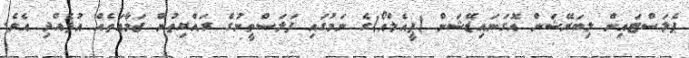
ޕެލަސްޓައިން ލިބަރޭޝަން އޮގަނައިޒޭޝަން (ޕީއެލްއޯ)ގެ ނަމުގައި ފަލަސްތީނުގެ ރައްޔިތުން ޖަމާއަތެއް އުފެއްދި އެވެ.